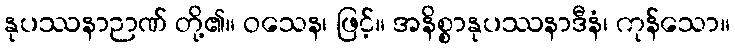
နုပဿနာဉာဏ် တို့၏။ ဝသေန၊ ဖြင့်။ အနိစ္စာနုပဿနာဒီနံ၊ ကုန်သော။